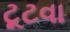
ટૂટવા